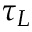
\tau _ { L }